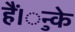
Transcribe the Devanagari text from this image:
हैं।ुन्के